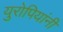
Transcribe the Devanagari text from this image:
युरोपियांनी